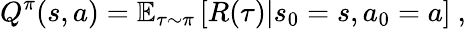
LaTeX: Q^{\pi}(s,a)=\mathbb{E}_{\tau\sim\pi}\left[R(\tau)|s_{0}=s,a_{0}=a\right]\mathrm{~},